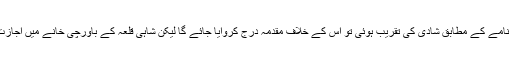
اجازت نامے کے مطابق شادی کی تقریب اور فائر ورکس نہیں ہوں گے ، اجازت نامے کے مطابق شادی کی تقریب ہوئی تو اس کے خلاف مقدمہ درج کروایا جائے گا لیکن شاہی قلعہ کے باورچی خانے میں اجازت نامے کے برعکس کارپوریٹ دنر کی بجائے شادی کی تقریب کا انعقاد کیا گیا ۔